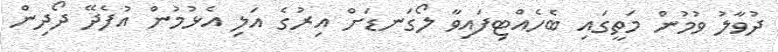
ދުވާލު ވުމުން މަތީގައި ބެހެއްޓިފައިވާ ލޯގަނޑަށް އިރުގެ އަލި އެޅުމުން އުފެދޭ ދޯދިން